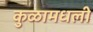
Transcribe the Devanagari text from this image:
कुळामधली